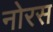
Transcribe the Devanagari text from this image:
नोरस